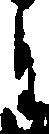
月